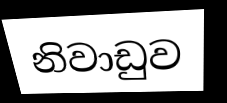
නිවාඩුව